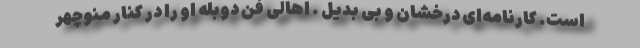
است. کارنامه‌ای درخشان و بی بدیل . اهالی فن دوبله او را در کنار منوچهر